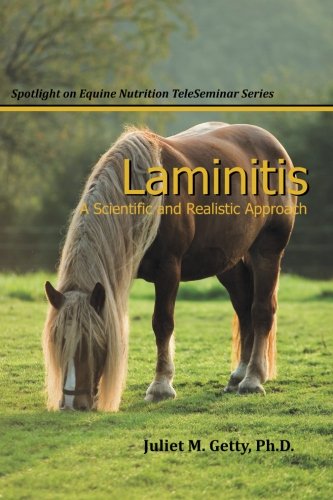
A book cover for Laminitis: A Scientific and Realistic Approach (Spotlight on Equine Nutrition TeleSeminar Series); Juliet M. Getty Ph.D.; Crafts, Hobbies & Home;